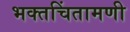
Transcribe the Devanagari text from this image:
भक्तचिंतामणी